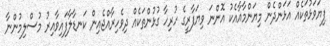
ފިޔަވަޅުތަކެއް އަޅަންދެން މިޔަންމާއާއެކު އޮންނަ ވިޔަފާރީގެ ހުރިހާ ގުޅުންތަކެއް ދިވެހިރާއްޖެއިން ކަނޑާލާފައިވާއިރު މުސްލިމުންނާ